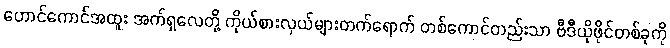
ဟောင်ကောင်အထူး အက်ရှလေတို့ ကိုယ်စားလှယ်များတက်ရောက် တစ်ကောင်တည်းသာ ဗီဒီယိုဖိုင်တစ်ခုကို